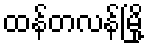
ထန်တလန်မြို့